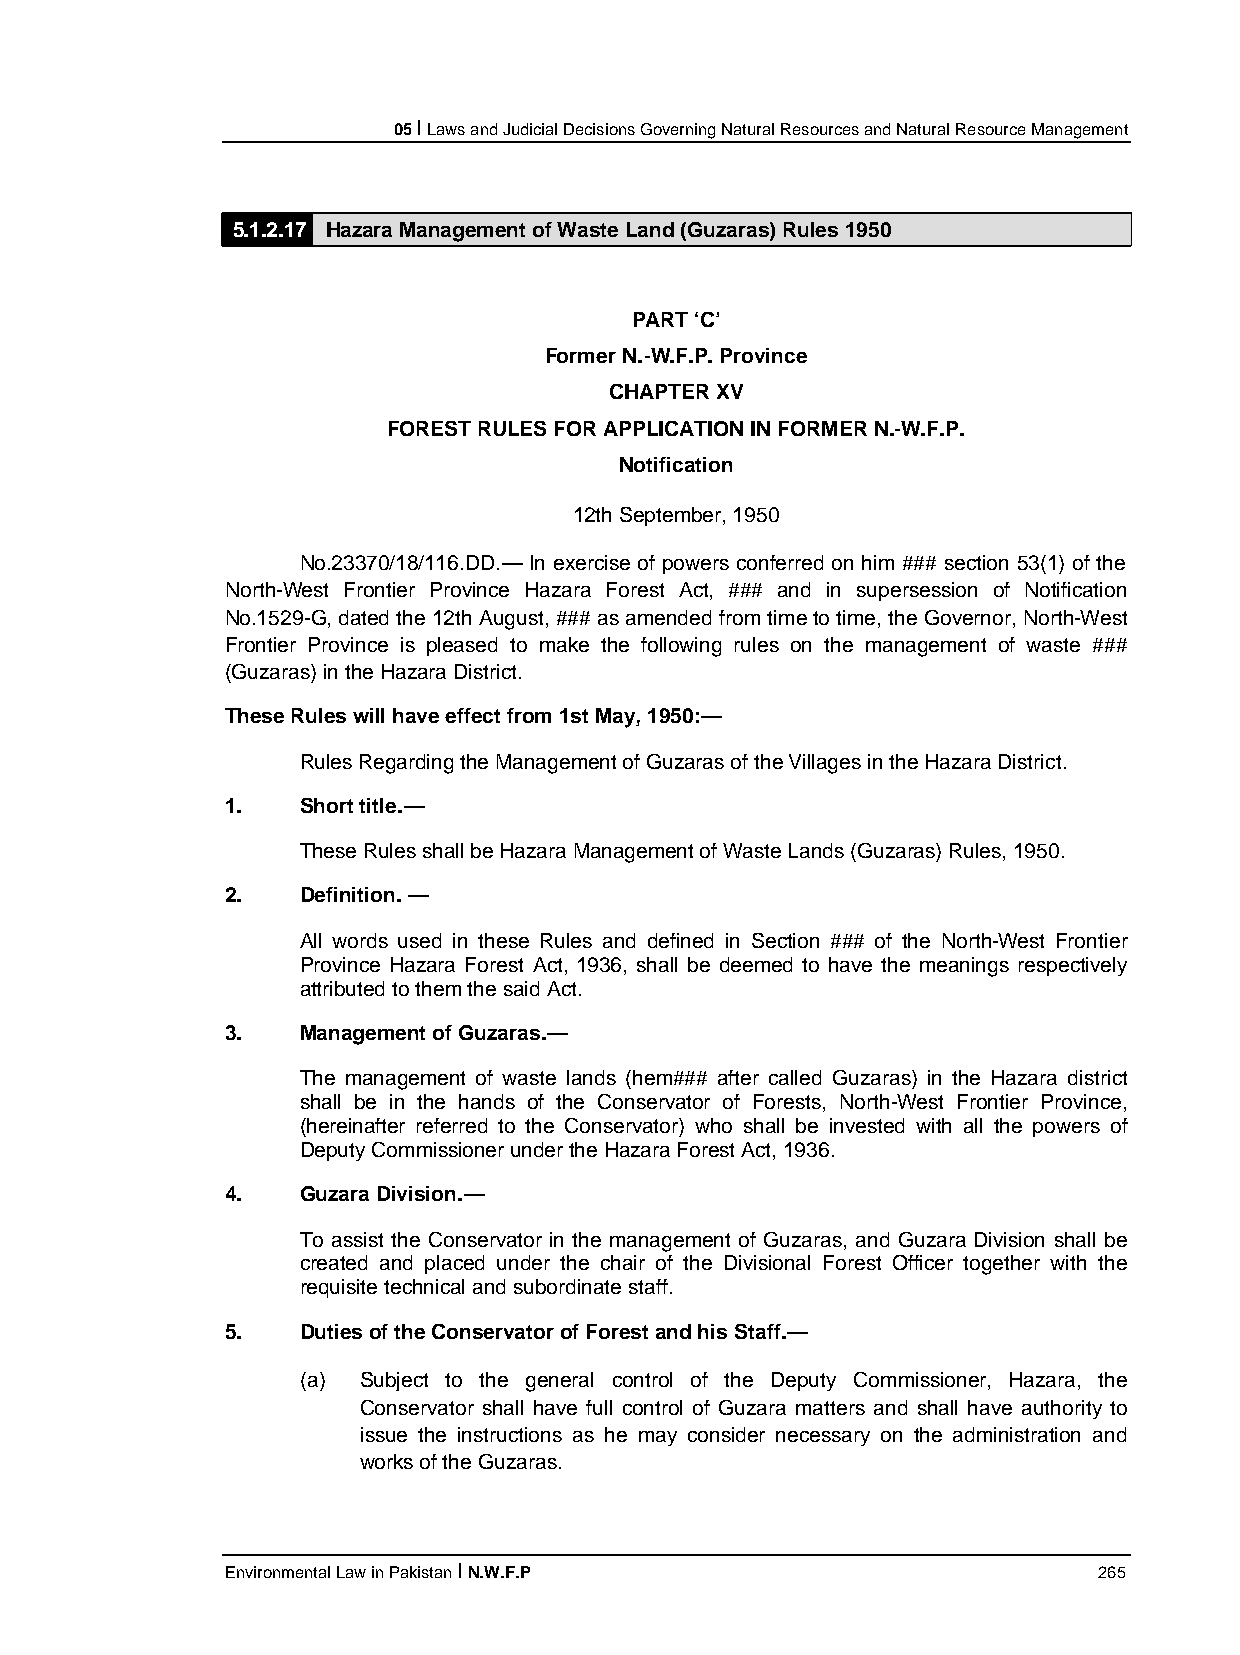
05 I Laws and Judicial Decisions Governing Natural Resources and Natural Resource Management
 5.1.2.17 Hazara Management of Waste Land (Guzaras) Rules 1950
 PART ‘C’
 Former N.-W.F.P. Province
 CHAPTER XV
 FOREST RULES FOR APPLICATION IN FORMER N.-W.F.P.
 Notification
 12th September, 1950
 No.23370/18/116.DD.— In exercise of powers conferred on him ### section 53(1) of the
 North-West Frontier Province Hazara Forest Act, ### and in supersession of Notification
 No.1529-G, dated the 12th August, ### as amended from time to time, the Governor, North-West
 Frontier Province is pleased to make the following rules on the management of waste ###
 (Guzaras) in the Hazara District.
 These Rules will have effect from 1st May, 1950:—
 Rules Regarding the Management of Guzaras of the Villages in the Hazara District.
 1.   Short title.—
 These Rules shall be Hazara Management of Waste Lands (Guzaras) Rules, 1950.
 2.   Definition. —
 All words used in these Rules and defined in Section ### of the North-West Frontier
 Province Hazara Forest Act, 1936, shall be deemed to have the meanings respectively
 attributed to them the said Act.
 3.   Management of Guzaras.—
 The management of waste lands (hem### after called Guzaras) in the Hazara district
 shall be in the hands of the Conservator of Forests, North-West Frontier Province,
 (hereinafter referred to the Conservator) who shall be invested with all the powers of
 Deputy Commissioner under the Hazara Forest Act, 1936.
 4.   Guzara Division.—
 To assist the Conservator in the management of Guzaras, and Guzara Division shall be
 created and placed under the chair of the Divisional Forest Officer together with the
 requisite technical and subordinate staff.
 5.   Duties of the Conservator of Forest and his Staff.—
 (a) Subject to the general control of the Deputy Commissioner, Hazara, the
 Conservator shall have full control of Guzara matters and shall have authority to
 issue the instructions as he may consider necessary on the administration and
 works of the Guzaras.
 Environmental Law in Pakistan I N.W.F.P                   265